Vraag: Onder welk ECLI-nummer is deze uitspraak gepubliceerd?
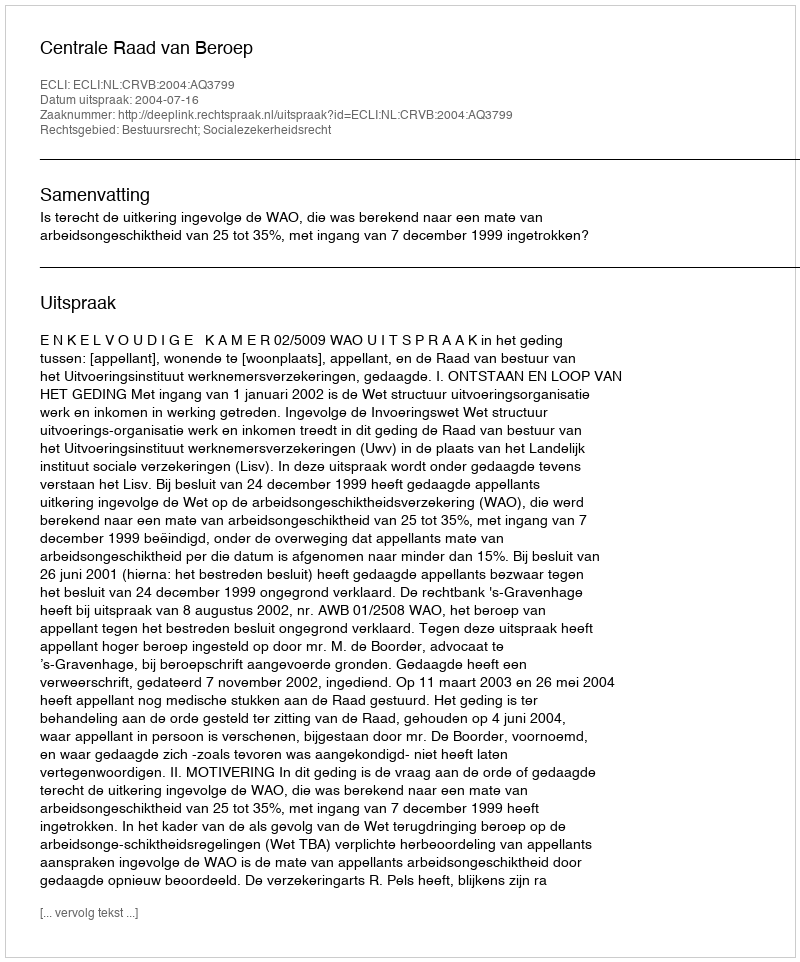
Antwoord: ECLI:NL:CRVB:2004:AQ3799